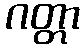
ဂတ္တာ